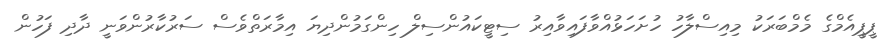
ޕީޕީއެމްގެ މެމްބަރަކު މިއިސްލާހު ހުށަހަޅުއްވާފައިވާއިރު ސިޓީކައުންސިލް ހިންގަމުންދިޔަ އިމާރަތްވެސް ސަރުކާރުންވަނީ ދާދި ފަހުން